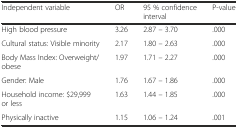
<table><thead><tr><td><b>Independent variable</b></td><td><b>OR</b></td><td><b>95 % confidence interval</b></td><td><b>P-value</b></td></tr></thead><tbody><tr><td>High blood pressure</td><td>3.26</td><td>2.87 – 3.70</td><td>.000</td></tr><tr><td>Cultural status: Visible minority</td><td>2.17</td><td>1.80 – 2.63</td><td>.000</td></tr><tr><td>Body Mass Index: Overweight/obese</td><td>1.97</td><td>1.71 – 2.27</td><td>.000</td></tr><tr><td>Gender: Male</td><td>1.76</td><td>1.67 – 1.86</td><td>.000</td></tr><tr><td>Household income: $29,999 or less</td><td>1.63</td><td>1.44 – 1.85</td><td>.000</td></tr><tr><td>Physically inactive</td><td>1.15</td><td>1.06 – 1.24</td><td>.001</td></tr></tbody></table>